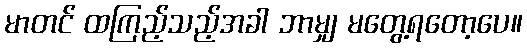
မာတင် ထကြည့်သည့်အခါ ဘာမျှ မတွေ့ရတော့ပေ။